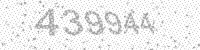
Solution: 439944